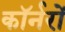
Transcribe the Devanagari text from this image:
कॉर्नरों